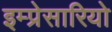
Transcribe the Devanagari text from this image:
इम्प्रेसारियो